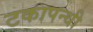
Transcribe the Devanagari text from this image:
टकापन्थी